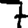
Digit: 7